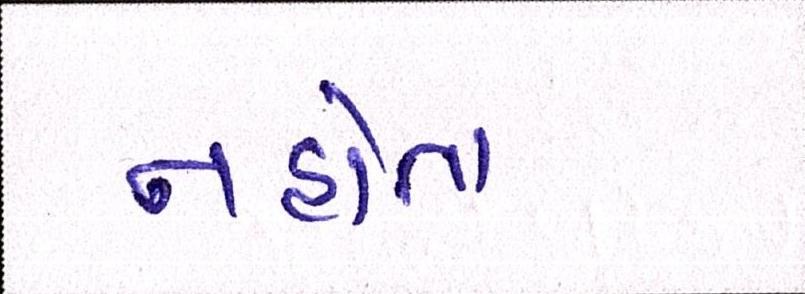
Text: નહોતા